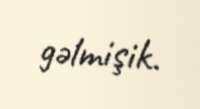
gəlmişik.